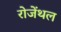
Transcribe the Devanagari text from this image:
रोजेंथल